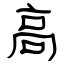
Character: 高